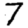
Digit: 7